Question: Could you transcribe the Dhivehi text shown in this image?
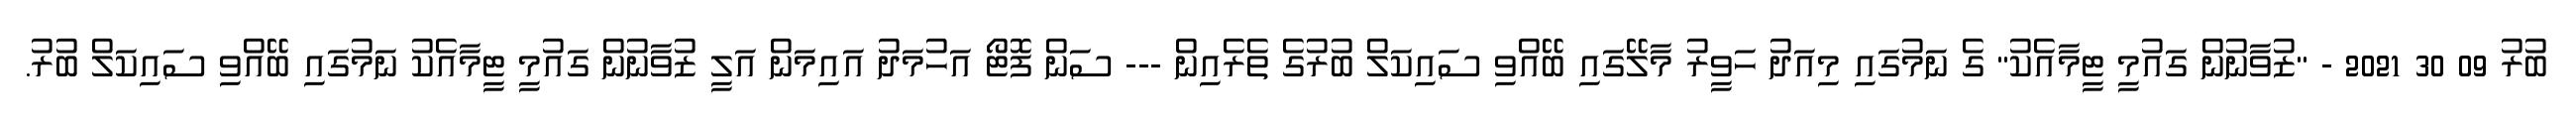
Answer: ބުރު 09 30 2021 - "ޒުވާނުން ގައުމީ ޓީމާއެކު" ގެ ނަމުގައި މިއަދު ހަވީރު މާލޭގައި ބޭއްވި ސައިކަލް ބުރުގެ ތެރެއިން --- ސަން ފޮޓޯ އަހުމަދު އައިމަން އަލީ ޒުވާނުން ގައުމީ ޓީމާއެކު ނަމުގައި ބޭއްވި ސައިކަލް ބުރު.